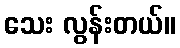
သေး လွန်းတယ်။